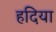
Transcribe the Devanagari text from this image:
हदिया